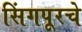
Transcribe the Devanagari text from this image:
सिंगपूरचे